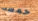
خمسه